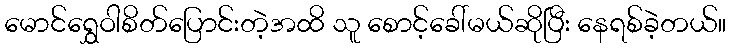
မောင်ရွှေဝါစိတ်ပြောင်းတဲ့အထိ သူ စောင့်ခေါ်မယ်ဆိုပြီး နေရစ်ခဲ့တယ်။